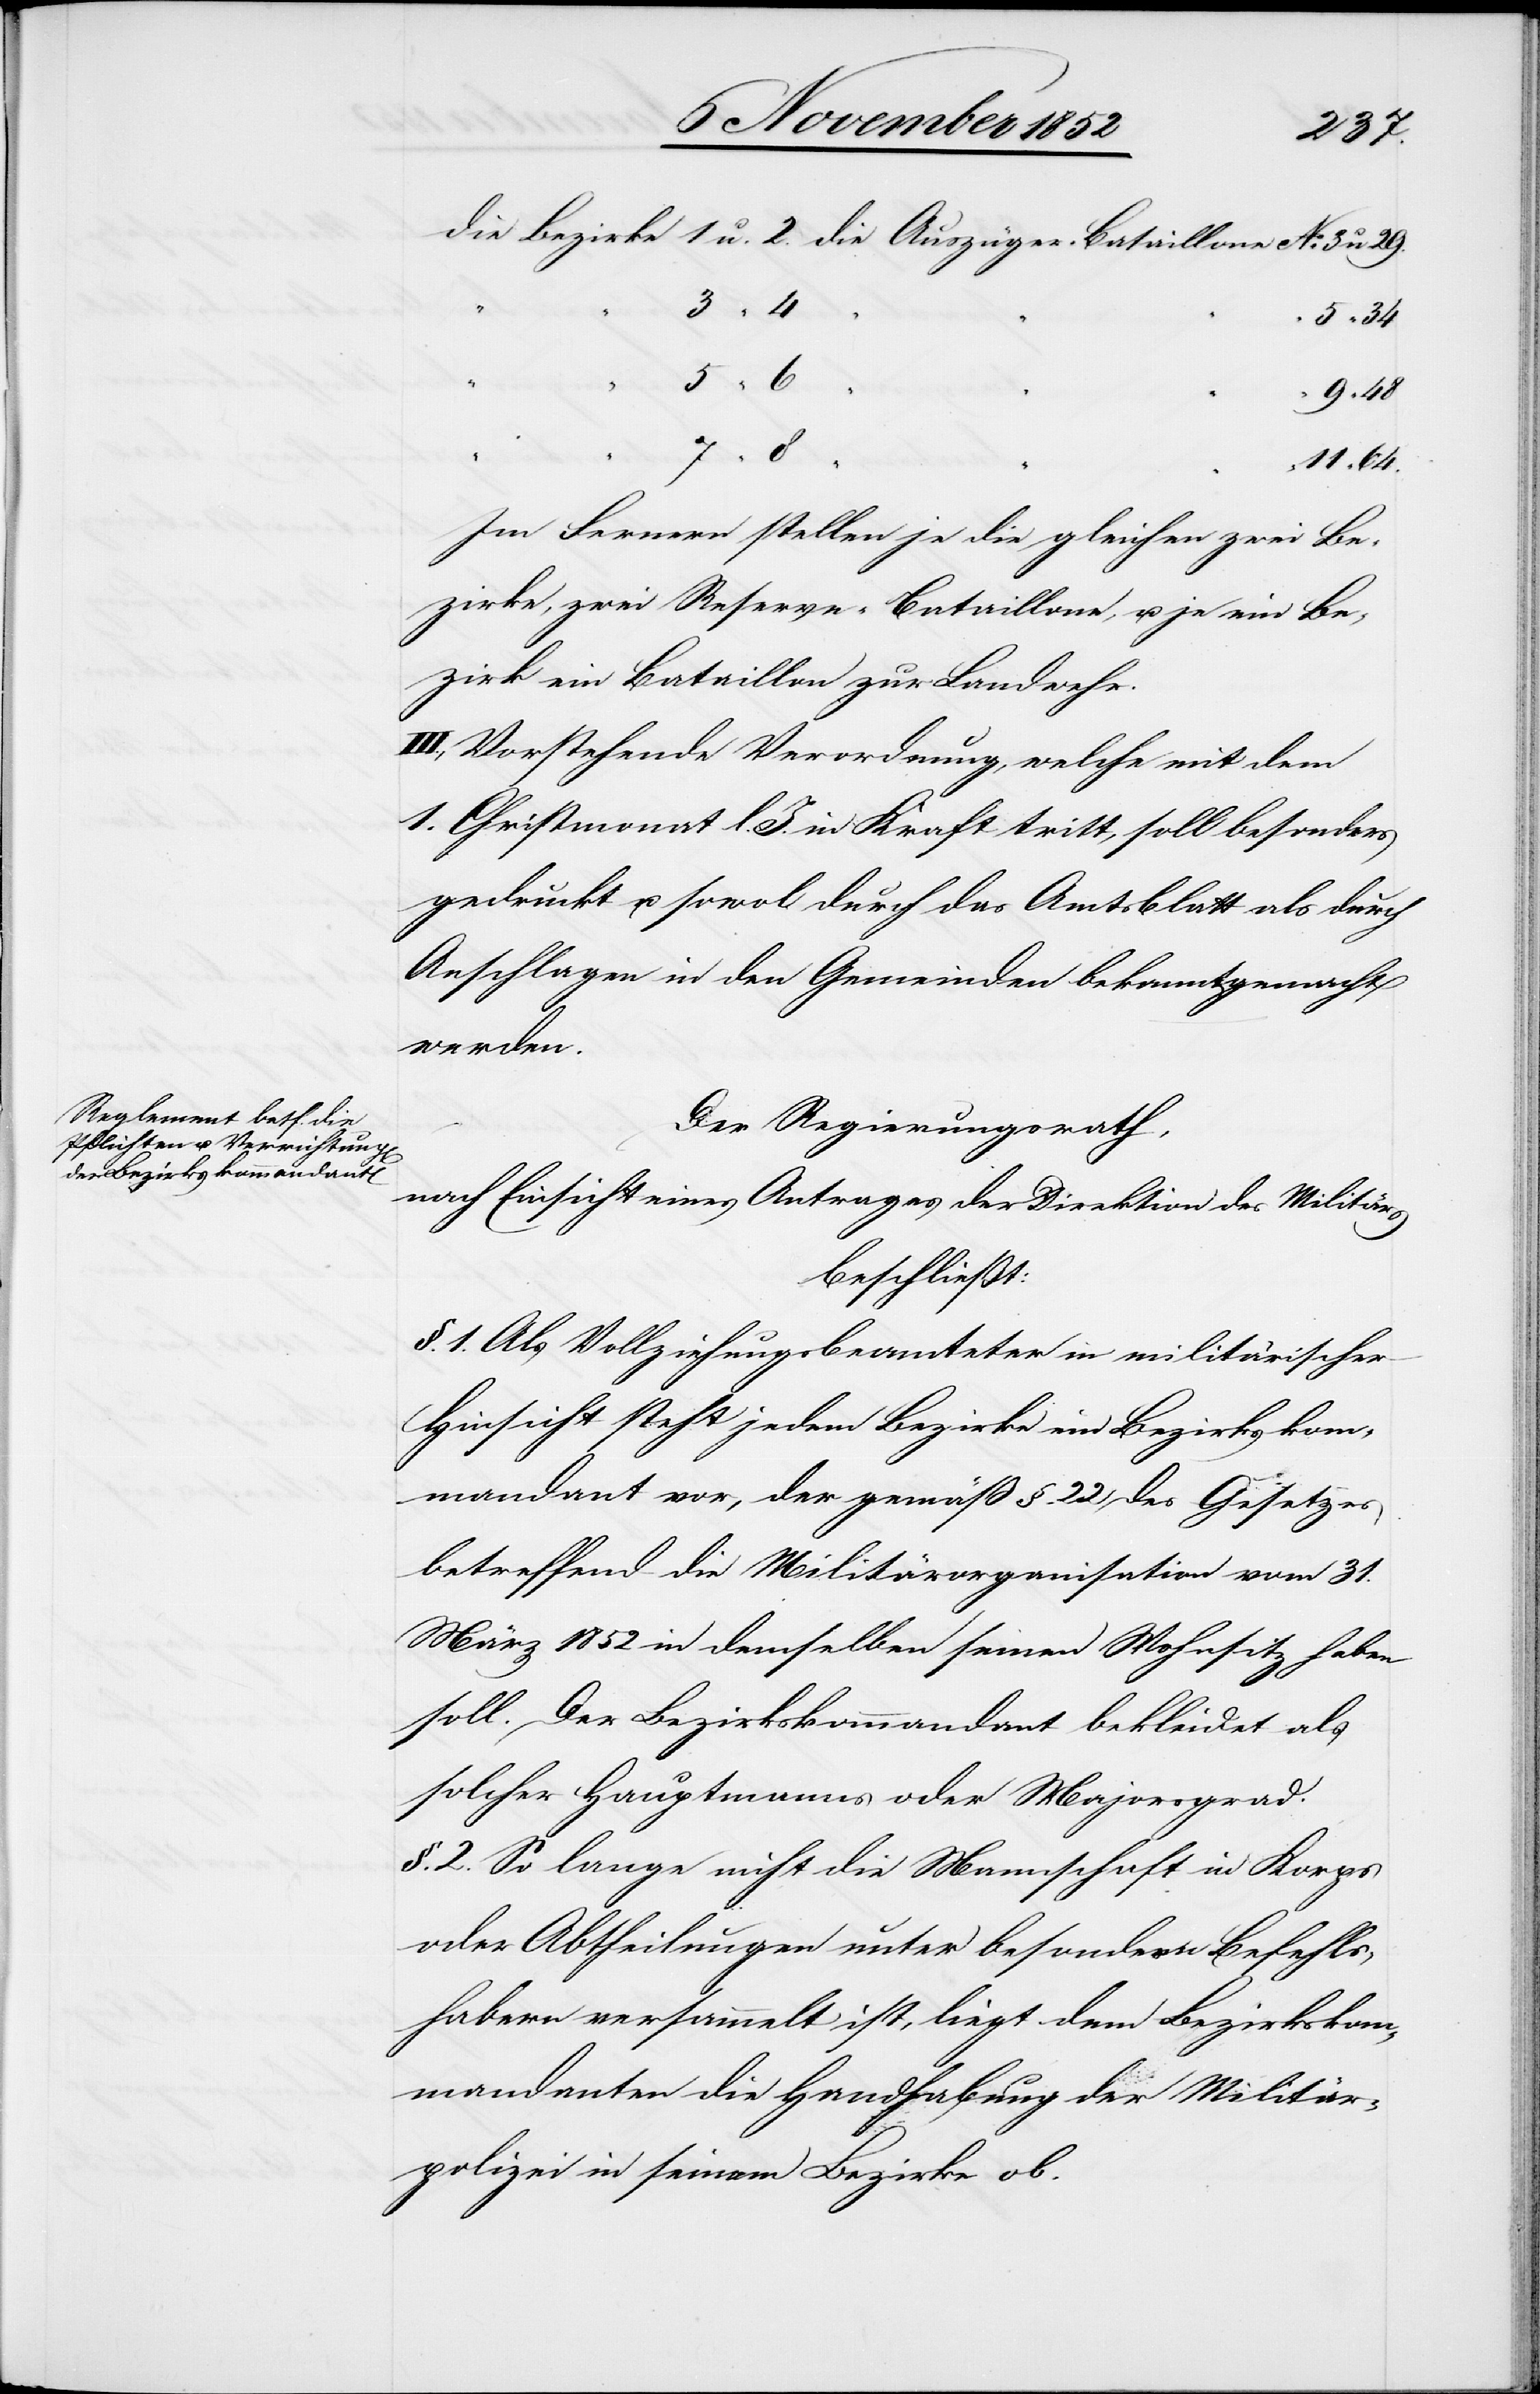
64.
u. 2.
5 “ 6
Im Fernern stellen je die gleichen zwei Be¬
zirke, zwei Reserve-Bataillone, u. je ein Be¬
zirk ein Bataillon zur Landwehr.
III., Vorstehende Verordnung, welche mit dem
1. Christmonat l. J. in Kraft tritt, soll besonders
gedruckt u. sowol durch das Amtsblatt als durch
Anschlagen in den Gemeinden bekanntgemacht
werden.
Der Regierungsrath,
nach Einsicht eines Antrages der Direktion des Militärs
beschließt:
§. 1. Als Vollziehungsbeamteter in militärischer
Hinsicht steht jedem Bezirke ein Bezirkskom¬
mandant vor, der gemäß §. 22 des Gesetzes
betreffend die Militärorganisation vom 31.
März 1852 in demselben seinen Wohnsitz haben
soll. Der Bezirkskommandant bekleidet als
solcher Hauptmanns[-] oder Majorsgrad.
§. 2. So lange nicht die Mannschaft in Korps
oder Abtheilungen unter besondern Befehls¬
habern versammelt ist, liegt dem Bezirkskom¬
mandanten die Handhabung der Militär¬
polizei in seinem Bezirke ob.